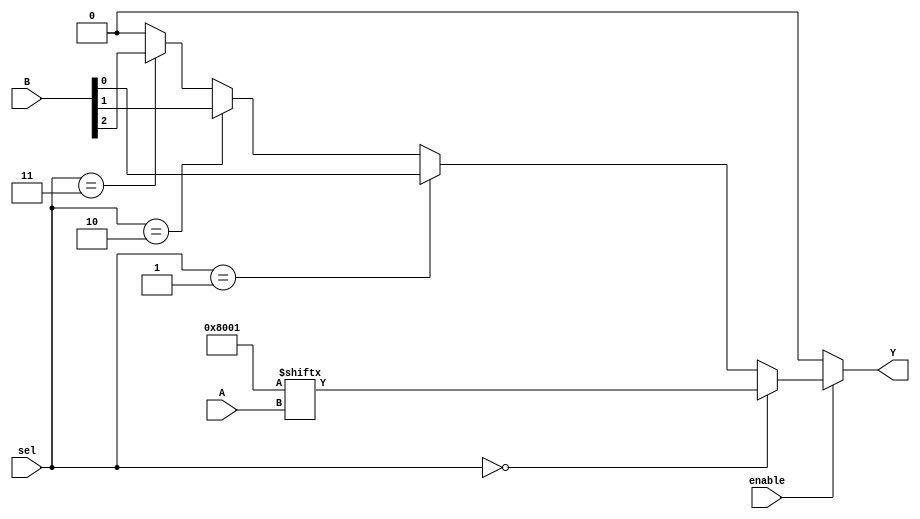
module CLB (
    input wire [3:0] A,          // 4-bit input for LUT
    input wire [1:0] sel,        // 2-bit selector for multiplexer
    input wire enable,           // Enable signal
    input wire [3:0] B,          // Additional input for multiplexer
    output wire Y                // Output of the CLB
);

// LUT implementation (4-input)
reg [15:0] lut; // 16 possible combinations for 4 inputs
wire lut_out;

// Initialize LUT with some logic function (example: AND function)
initial begin
    lut = 16'b0000000000000000; // Default to 0
    lut[0] = 1;   // A = 0000
    lut[1] = 0;   // A = 0001
    lut[2] = 0;   // A = 0010
    lut[3] = 0;   // A = 0011
    lut[4] = 0;   // A = 0100
    lut[5] = 0;   // A = 0101
    lut[6] = 0;   // A = 0110
    lut[7] = 0;   // A = 0111
    lut[8] = 0;   // A = 1000
    lut[9] = 0;   // A = 1001
    lut[10] = 0;  // A = 1010
    lut[11] = 0;  // A = 1011
    lut[12] = 0;  // A = 1100
    lut[13] = 0;  // A = 1101
    lut[14] = 0;  // A = 1110
    lut[15] = 1;   // A = 1111
end

// LUT output based on input A
assign lut_out = lut[A];

// Multiplexer to select between LUT output and additional input B
wire mux_out;
assign mux_out = (sel == 2'b00) ? lut_out : 
                 (sel == 2'b01) ? B[0] :
                 (sel == 2'b10) ? B[1] :
                 (sel == 2'b11) ? B[2] : 1'b0;

// Final output with enable control
assign Y = enable ? mux_out : 1'b0; // Output is 0 when not enabled

endmodule